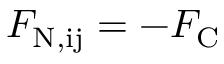
F _ { \mathrm { N , i j } } = - F _ { \mathrm { C } }